Standards of the constituents of the urine and blood and the bearing of the metabolism of Bengalis on the problems of nutrition - Number 34
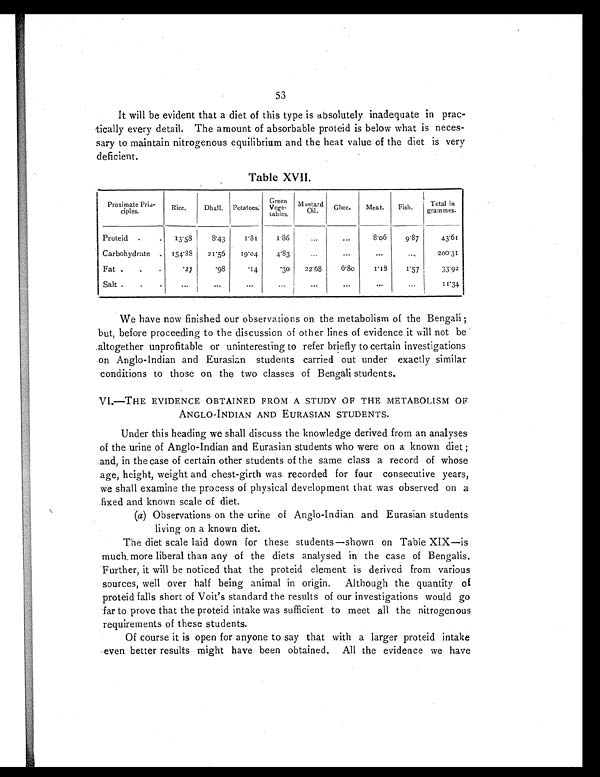
53
It will be evident that a diet of this type is absolutely inadequate in prac-
tically every detail. The amount of absorbable proteid is below what is neces-
sary to maintain nitrogenous equilibrium and the heat value of the diet is very
deficient.
Table XVII.
Proximate Prin-
ciples.
Rice.
Dhall. Pota toes.
Green
Vege-
tables.
Mustard
Oil.
Ghee.
Meat.
Fish.
Total in
grammes.
Proteid
. .
13 55
8.43
1 . 8 1
1.86
. . .
. . .
8.06
9.87
43.61
Carbohydrate . 154.88
21.56
19.04
4.83
. . .
. . .
. . .
...
200.31
Fat .
.
.
.27
.98
.14
.30
22.68
6.80
1.18
1.57
33.92
Salt .
.
.
...
. . .
...
...
...
...
. . .
...
11.34
We have now finished our observations on the metabolism of the Bengali ;
but, before proceeding to the discussion of other lines of evidence it will not be
altogether unprofitable or uninteresting to refer briefly to certain investigations
on Anglo-Indian and Eurasian students carried out under exactly similar
conditions to those on the two classes of Bengali students.
VI.—THE EVIDENCE OBTAINED FROM A STUDY OF THE METABOLISM OF
ANGLO-INDIAN AND EURASIAN STUDENTS.
Under this heading we shall discuss the knowledge derived from an analyses
of the urine of Anglo-Indian and Eurasian students who were on a known diet ;
and, in the case of certain other students of the same class a record of whose
age, height, weight and chest-girth was recorded for four consecutive years,
we shall examine the process of physical development that was observed on a
fixed and known scale of diet.
(a) Observations on the urine of Anglo-Indian and Eurasian students
living on a known diet.
The diet scale laid down for these students—shown on Table XIX—is
much more liberal than any of the diets analysed in the case of Bengalis.
Further, it will be noticed that the proteid element is derived from various
sources, well over half being animal in origin. Although the quantity of
proteid falls short of Voit's standard the results of our investigations would go
far to prove that the proteid intake was sufficient to meet all the nitrogenous
requirements of these students.
Of course it is open for anyone to say that with a larger proteid intake
even better results might have been obtained. All the evidence we have